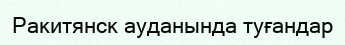
Ракитянск ауданында туғандар